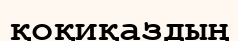
қоқиқаздың